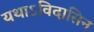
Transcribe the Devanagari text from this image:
यथाऽविदासिन